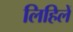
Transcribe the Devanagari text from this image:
लिहिलें